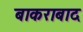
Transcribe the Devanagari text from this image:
बाकराबाद